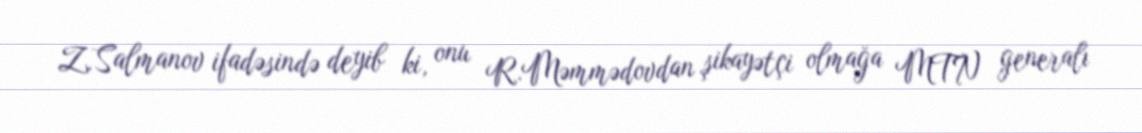
Z.Salmanov ifadəsində deyib ki, onu R.Məmmədovdan şikayətçi olmağa MTN generalı